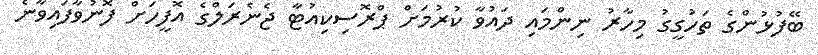
ބޭފުޅުންގެ ތަހުގީގު މިހާރު ނިންމައި ދައުވާ ކުރުމަށް ޕްރޮސިކިއުޓާ ޖެނެރަލްގެ އޮފީހަށް ފޮނުވާފައިވާނެ